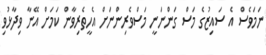
ނަމަވެސް އެ ސައިޒުގެ މަސް ގަންނަނީ މަސްވެރިންނަށް އެހީތެރިވާން ކަމަށް އޭނާ ވިދާޅުވި